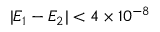
| E _ { 1 } - E _ { 2 } | < 4 \times 1 0 ^ { - 8 }